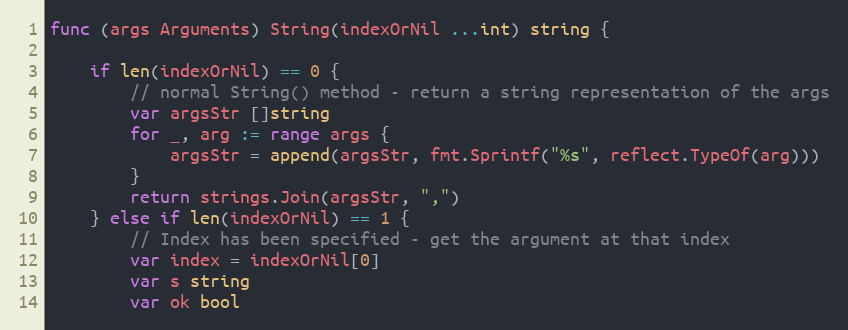
Language: Go
func (args Arguments) String(indexOrNil ...int) string {

	if len(indexOrNil) == 0 {
		// normal String() method - return a string representation of the args
		var argsStr []string
		for _, arg := range args {
			argsStr = append(argsStr, fmt.Sprintf("%s", reflect.TypeOf(arg)))
		}
		return strings.Join(argsStr, ",")
	} else if len(indexOrNil) == 1 {
		// Index has been specified - get the argument at that index
		var index = indexOrNil[0]
		var s string
		var ok bool